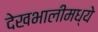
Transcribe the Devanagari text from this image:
देखभालीमध्ये